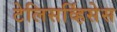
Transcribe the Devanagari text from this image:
टेलिसर्व्हिसेस